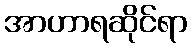
အာဟာရဆိုင်ရာ